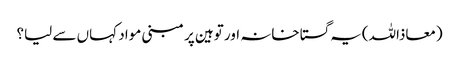
(معاذاللہ)یہ گستاخانہ اور توہین پر مبنی مواد کہاں سے لیا؟